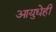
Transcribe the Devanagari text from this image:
आयुधेही